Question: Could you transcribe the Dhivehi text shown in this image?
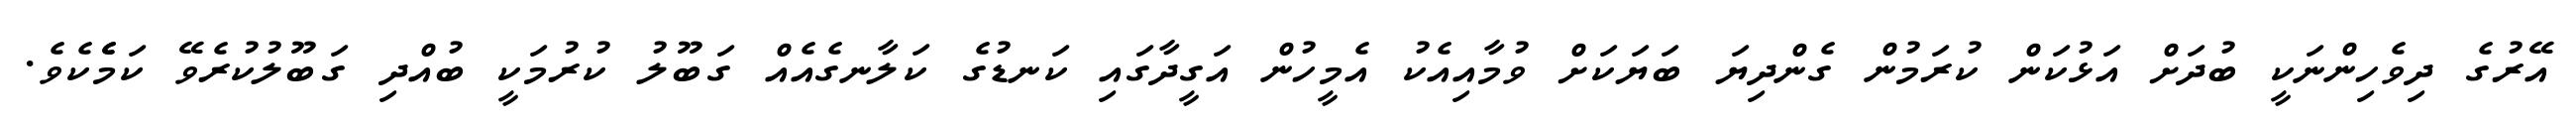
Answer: އޭރުގެ ދިވެހިންނަކީ ބުދަށް އަޅުކަން ކުރަމުން ގެންދިޔަ ބަޔަކަށް ވުމާއިއެކު އެމީހުން އަގީދާގައި ކަނޑުގެ ކަލާނގެއެއް ގަބޫލު ކުރުމަކީ ބުއްދި ގަބޫލުކުރެވޭ ކަމެެކެވެ.